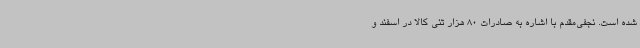
شده است. نجفی‌مقدم با اشاره به صادرات 80 هزار تنی کالا در اسفند و